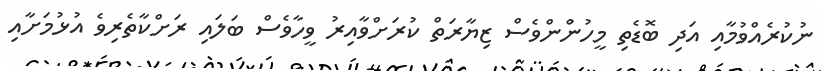
ނުކުރެއްވުމާއި އަދި ބޮޑެތި މީހުންުންވެސް ޒިޔާރަތް ކުރަށްވާއިރު ވީހާވެސް ބަލައި ރަށްކާތެރިވެ އުޅުމަށާއި